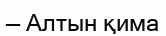
— Алтын қима